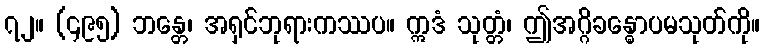
၇၂။ (၄၉၅) ဘန္တေ၊ အရှင်ဘုရားကဿပ။ ဣဒံ သုတ္တံ၊ ဤအဂ္ဂိခန္ဓောပမသုတ်ကို။